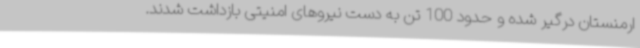
ارمنستان درگیر شده و حدود 100 تن به دست نیروهای امنیتی بازداشت شدند.